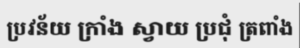
ប្រវន័យ ក្រាំង ស្វាយ ប្រជុំ ត្រពាំង